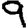
Digit: 9